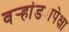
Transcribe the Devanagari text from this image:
वर्‍हांड्यापेक्षा